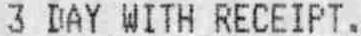
3 DAY WITH RECEIPT.